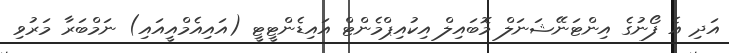
އަދި އެ ފޯނުގެ އިންޓަނޭޝަނަލް މޮބައިލް އިކުއިޕްމެންޓް އައިޑެންޓީޓީ (އައިއެމްއީއައި) ނަމްބަރާ މަރުވި